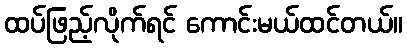
ထပ်ဖြည့်လိုက်ရင် ကောင်းမယ်ထင်တယ်။